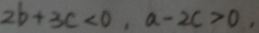
2 b + 3 c < 0 , a - 2 c > 0 ,